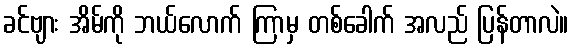
ခင်ဗျား အိမ်ကို ဘယ်လောက် ကြာမှ တစ်ခေါက် အလည် ပြန်တာလဲ။